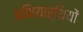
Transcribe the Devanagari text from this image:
अभियार्थियों